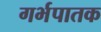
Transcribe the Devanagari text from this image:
गर्भपातक